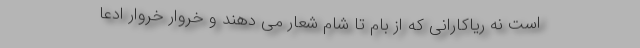
است نه ریاکارانی که از بام تا شام شعار می دهند و خروار خروار ادعا